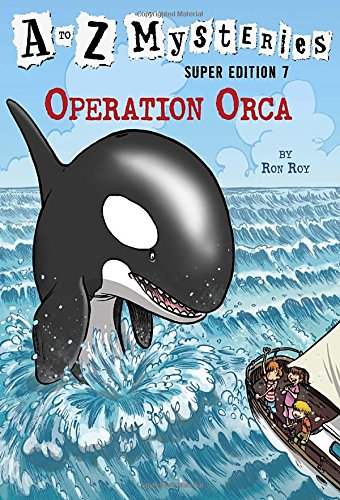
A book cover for A to Z Mysteries Super Edition #7: Operation Orca (A Stepping Stone Book(TM)); Ron Roy; Children's Books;